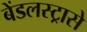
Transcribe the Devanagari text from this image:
बेंडलस्ट्रासे